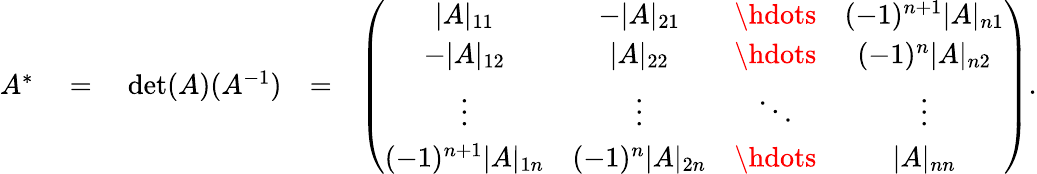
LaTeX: \begin{array}{rlr}{A^{*}\quad=\quad\operatorname*{det}(A)(A^{-1})}&{=}&{\left(\begin{array}{cccc}{|A|_{11}}&{-|A|_{21}}&{\hdots}&{(-1)^{n+1}|A|_{n1}}\\ {-|A|_{12}}&{|A|_{22}}&{\hdots}&{(-1)^{n}|A|_{n2}}\\ {\vdots}&{\vdots}&{\ddots}&{\vdots}\\ {(-1)^{n+1}|A|_{1n}}&{(-1)^{n}|A|_{2n}}&{\hdots}&{|A|_{nn}}\end{array}\right).}\end{array}